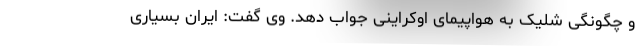
و چگونگی شلیک به هواپیمای اوکراینی جواب دهد. وی گفت: ایران بسیاری